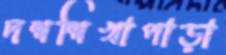
দশশিখাপাড়া